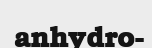
anhydro-